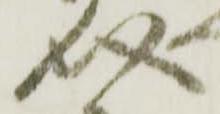
介